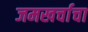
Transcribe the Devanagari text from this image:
जमखर्चाचा